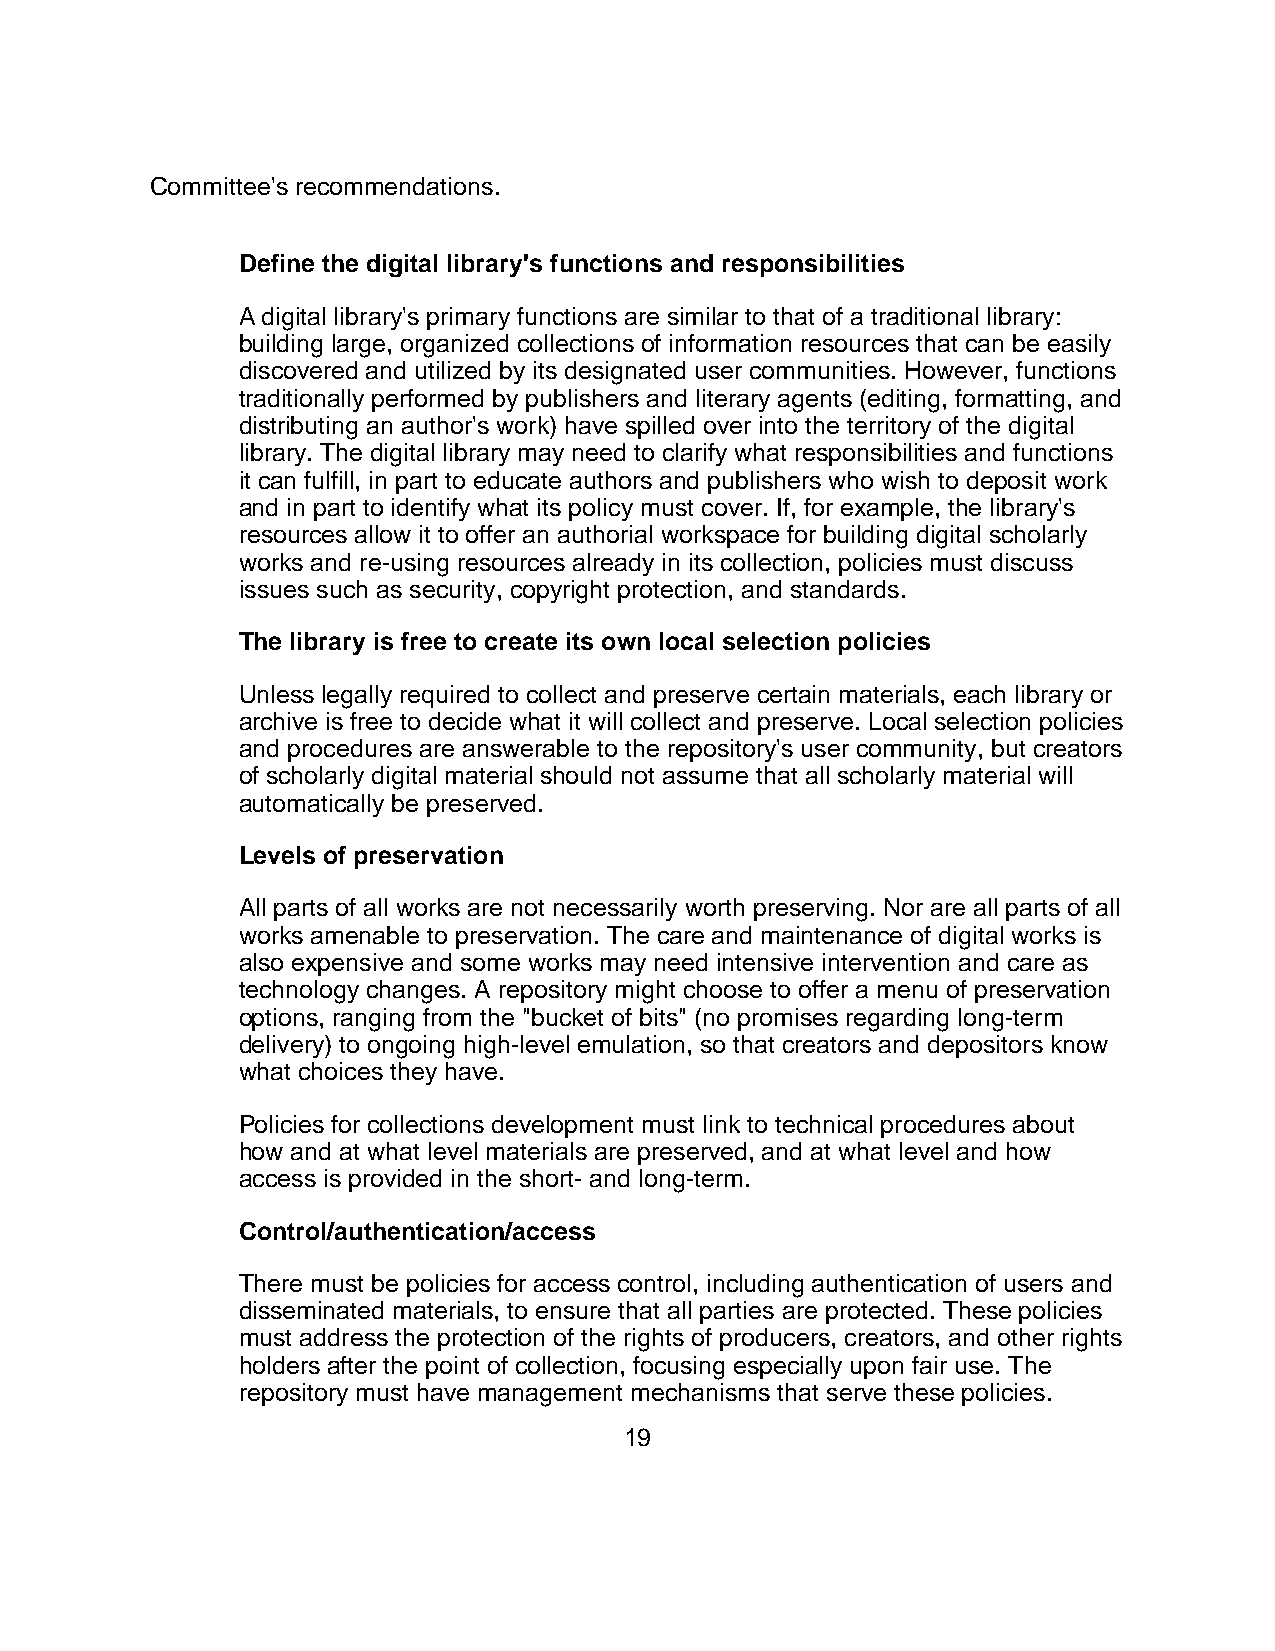
Committee's recommendations.
 Define the digital library's functions and responsibilities
 A digital library's primary functions are similar to that of a traditional library:
 building large, organized collections of information resources that can be easily
 discovered and utilized by its designated user communities. However, functions
 traditionally performed by publishers and literary agents (editing, formatting, and
 distributing an author's work) have spilled over into the territory of the digital
 library. The digital library may need to clarify what responsibilities and functions
 it can fulfill, in part to educate authors and publishers who wish to deposit work
 and in part to identify what its policy must cover. If, for example, the library's
 resources allow it to offer an authorial workspace for building digital scholarly
 works and re-using resources already in its collection, policies must discuss
 issues such as security, copyright protection, and standards.
 The library is free to create its own local selection policies
 Unless legally required to collect and preserve certain materials, each library or
 archive is free to decide what it will collect and preserve. Local selection policies
 and procedures are answerable to the repository's user community, but creators
 of scholarly digital material should not assume that all scholarly material will
 automatically be preserved.
 Levels of preservation
 All parts of all works are not necessarily worth preserving. Nor are all parts of all
 works amenable to preservation. The care and maintenance of digital works is
 also expensive and some works may need intensive intervention and care as
 technology changes. A repository might choose to offer a menu of preservation
 options, ranging from the "bucket of bits" (no promises regarding long-term
 delivery) to ongoing high-level emulation, so that creators and depositors know
 what choices they have.
 Policies for collections development must link to technical procedures about
 how and at what level materials are preserved, and at what level and how
 access is provided in the short- and long-term.
 Control/authentication/access
 There must be policies for access control, including authentication of users and
 disseminated materials, to ensure that all parties are protected. These policies
 must address the protection of the rights of producers, creators, and other rights
 holders after the point of collection, focusing especially upon fair use. The
 repository must have management mechanisms that serve these policies.
 19